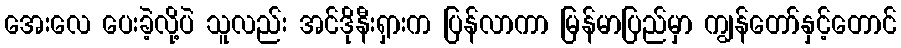
အေးလေ ပေးခဲ့လို့ပဲ သူလည်း အင်ဒိုနီးရှားက ပြန်လာကာ မြန်မာပြည်မှာ ကျွန်တော်နှင့်တောင်